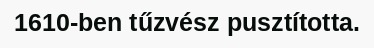
1610-ben tűzvész pusztította.